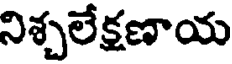
నిశ్చలేక్షణాయ